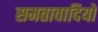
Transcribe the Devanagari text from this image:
समतावादियों